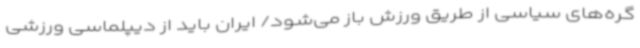
گره‌های سیاسی از طریق ورزش باز می‌شود/ ایران باید از دیپلماسی ورزشی